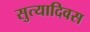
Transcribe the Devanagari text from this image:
सुत्यादिवस